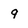
Character: 9